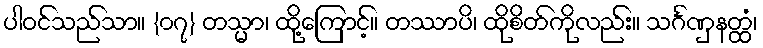
ပါဝင်သည်သာ။ {၀၇} တသ္မာ၊ ထို့ကြောင့်။ တဿာပိ၊ ထိုစိတ်ကိုလည်း။ သင်္ဂဏှနတ္ထံ၊